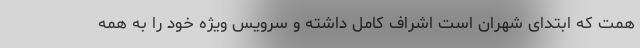
همت که ابتدای شهران است اشراف کامل داشته و سرویس ویژه خود را به همه